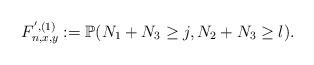
LaTeX: \begin{align*}F_{n,x,y}^{',(1)} := \mathbb{P}(N_1+N_3 \geq j, N_2+N_3 \geq l).\end{align*}